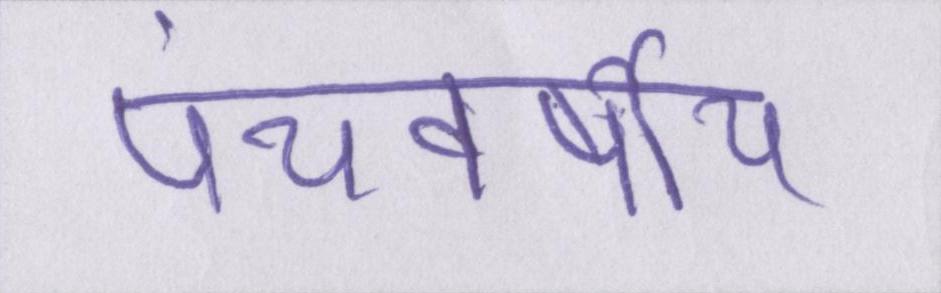
पंचवर्षीय